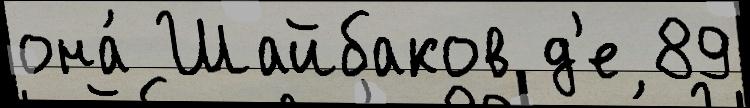
она́ Шайбаков д'е 89